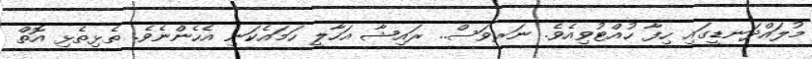
މުލައްދަނޑީގައި ހިފާ ހުއްޓުވިއެވެ. ނަރވަސް.. ރައިޝާ އަހާލީ ހަމައެކަނި އެހެންނެވެ. ތެޅިތެޅި އޮތް